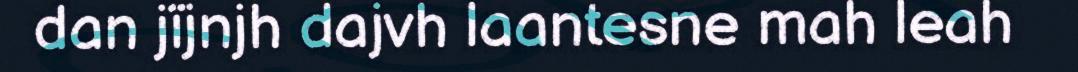
dan jïjnjh dajvh laantesne mah leah